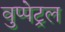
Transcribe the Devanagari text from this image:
वुप्‍पेट्रल